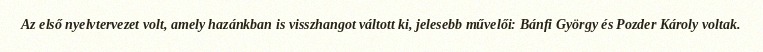
Az első nyelvtervezet volt, amely hazánkban is visszhangot váltott ki, jelesebb művelői: Bánfi György és Pozder Károly voltak.